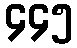
၄၄၅